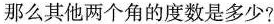
那么其他两个角的度数是多少?